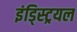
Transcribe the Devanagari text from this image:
इंड्स्ट्रियल